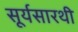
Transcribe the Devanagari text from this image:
सूर्यसारथी